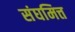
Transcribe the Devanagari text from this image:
संघमित्त